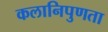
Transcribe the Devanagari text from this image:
कलानिपुणता